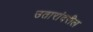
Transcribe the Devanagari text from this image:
उतारांवरील